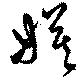
嫫